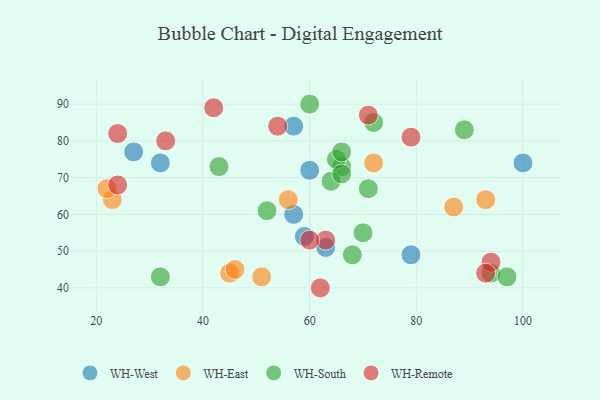
{"axis": {"x": "GDP", "y": "Life Expectancy"}, "legend": ["WH-East", "WH-Remote", "WH-South", "WH-West"], "data": [{"x": "27", "y": 77, "type": "WH-West"}, {"x": "32", "y": 74, "type": "WH-West"}, {"x": "79", "y": 49, "type": "WH-West"}, {"x": "57", "y": 60, "type": "WH-West"}, {"x": "60", "y": 72, "type": "WH-West"}, {"x": "100", "y": 74, "type": "WH-West"}, {"x": "63", "y": 51, "type": "WH-West"}, {"x": "57", "y": 84, "type": "WH-West"}, {"x": "59", "y": 54, "type": "WH-West"}, {"x": "87", "y": 62, "type": "WH-East"}, {"x": "51", "y": 43, "type": "WH-East"}, {"x": "72", "y": 74, "type": "WH-East"}, {"x": "23", "y": 64, "type": "WH-East"}, {"x": "93", "y": 64, "type": "WH-East"}, {"x": "45", "y": 44, "type": "WH-East"}, {"x": "46", "y": 45, "type": "WH-East"}, {"x": "56", "y": 64, "type": "WH-East"}, {"x": "22", "y": 67, "type": "WH-East"}, {"x": "66", "y": 73, "type": "WH-South"}, {"x": "94", "y": 44, "type": "WH-South"}, {"x": "68", "y": 49, "type": "WH-South"}, {"x": "70", "y": 55, "type": "WH-South"}, {"x": "64", "y": 69, "type": "WH-South"}, {"x": "71", "y": 67, "type": "WH-South"}, {"x": "65", "y": 75, "type": "WH-South"}, {"x": "32", "y": 43, "type": "WH-South"}, {"x": "60", "y": 90, "type": "WH-South"}, {"x": "66", "y": 77, "type": "WH-South"}, {"x": "97", "y": 43, "type": "WH-South"}, {"x": "72", "y": 85, "type": "WH-South"}, {"x": "89", "y": 83, "type": "WH-South"}, {"x": "43", "y": 73, "type": "WH-South"}, {"x": "52", "y": 61, "type": "WH-South"}, {"x": "66", "y": 71, "type": "WH-South"}, {"x": "62", "y": 40, "type": "WH-Remote"}, {"x": "79", "y": 81, "type": "WH-Remote"}, {"x": "42", "y": 89, "type": "WH-Remote"}, {"x": "94", "y": 47, "type": "WH-Remote"}, {"x": "24", "y": 68, "type": "WH-Remote"}, {"x": "63", "y": 53, "type": "WH-Remote"}, {"x": "93", "y": 44, "type": "WH-Remote"}, {"x": "33", "y": 80, "type": "WH-Remote"}, {"x": "71", "y": 87, "type": "WH-Remote"}, {"x": "54", "y": 84, "type": "WH-Remote"}, {"x": "24", "y": 82, "type": "WH-Remote"}, {"x": "60", "y": 53, "type": "WH-Remote"}]}